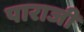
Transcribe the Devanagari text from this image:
पाराजी